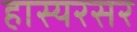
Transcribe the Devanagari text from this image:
हास्यरसर